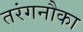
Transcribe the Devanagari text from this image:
तरंगनौका